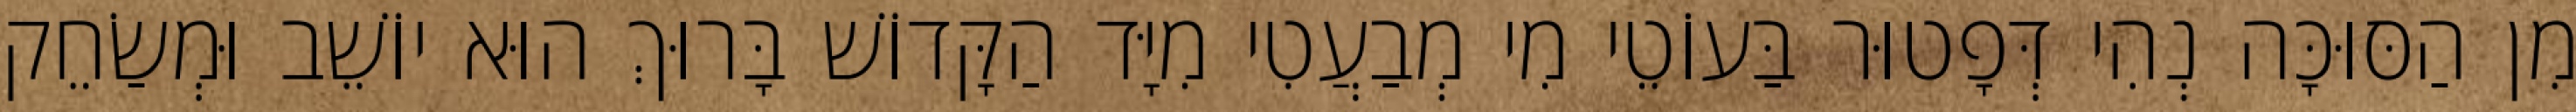
מִן הַסּוּכָּה נְהִי דְּפָטוּר בַּעוֹטֵי מִי מְבַעֲטִי מִיָּד הַקָּדוֹשׁ בָּרוּךְ הוּא יוֹשֵׁב וּמְשַׂחֵק